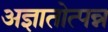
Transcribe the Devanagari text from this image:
अज्ञातोत्पन्न